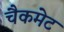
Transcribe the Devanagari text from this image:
चैकमेट